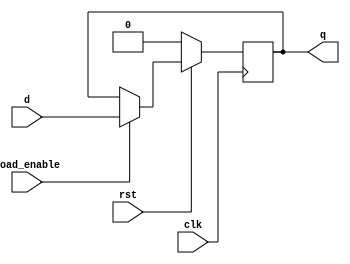
`timescale 1ns / 1ps
module REG_bit( // classic D-FF implementation, if we is 1 we write to the FF.
    input clk,
    input rst,
    input load_enable,
    input d,
    output reg q
  );
 // reg temp_q;
  always @(negedge clk) begin
    if(rst == 0) begin
      q <= 0;
    end
    else if (load_enable) begin
      q <= d;
    end
  end
 endmodule